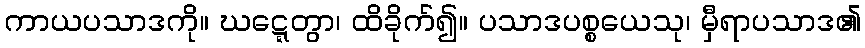
ကာယပသာဒကို။ ဃဋ္ဋေတွာ၊ ထိခိုက်၍။ ပသာဒပစ္စယေသု၊ မှီရာပသာဒ၏